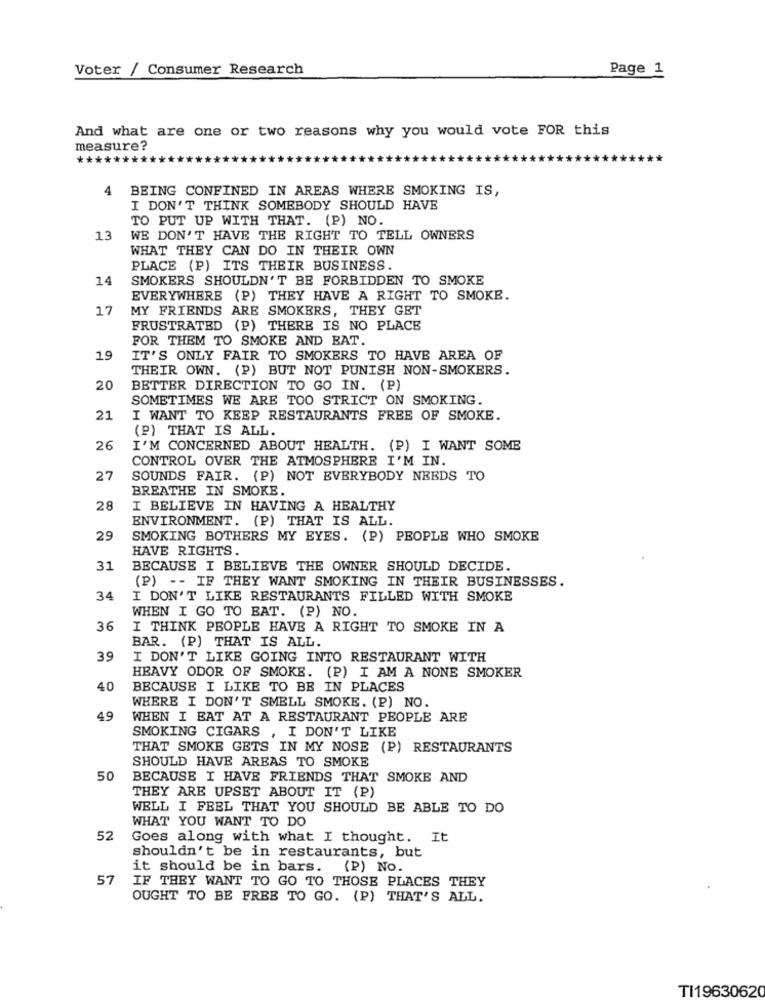
Voter / Consumer Research
Page 1
And what are one or two reasons why you would vote FOR this
measure?
4
BEING CONFINED IN AREAS WHERE SMOKING IS,
I DON'T THINK SOMEBODY SHOULD HAVE
TO PUT UP WITH THAT. (P) NO.
13
WE DON'T HAVE THE RIGHT TO TELL OWNERS
WHAT THEY CAN DO IN THEIR OWN
PLACE (P) ITS THEIR BUSINESS.
14
SMOKERS SHOULDN'T BE FORBIDDEN TO SMOKE
EVERYWHERE (P) THEY HAVE A RIGHT TO SMOKE.
17
MY FRIENDS ARE SMOKERS, THEY GET
FRUSTRATED (P) THERE IS NO PLACE
FOR THEM TO SMOKE AND BAT.
19
IT'S ONLY FAIR TO SMOKERS TO HAVE AREA OF
THEIR OWN. (P) BUT NOT PUNISH NON-SMOKERS.
20
BETTER DIRECTION TO GO IN. (P)
SOMETIMES WE ARE TOO STRICT ON SMOKING.
21
I WANT TO KEEP RESTAURANTS FREE OF SMOKE.
(P) THAT IS ALL.
26
I'M CONCERNED ABOUT HEALTH. (P) I WANT SOME
CONTROL OVER THE ATMOSPHERE I'M IN.
27
SOUNDS FAIR. (P) NOT EVERYBODY NEEDS TO
BREATHE IN SMOKE.
28
I BELIEVE IN HAVING A HEALTHY
ENVIRONMENT. (P) THAT IS ALL.
29
SMOKING BOTHERS MY EYES. (P) PEOPLE WHO SMOKE
HAVE RIGHTS.
31
BECAUSE I BELIEVE THE OWNER SHOULD DECIDE.
(P) -- IF THEY WANT SMOKING IN THEIR BUSINESSES.
34
I DON'T LIKE RESTAURANTS FILLED WITH SMOKE
WHEN I GO TO BAT. (P) NO.
36
I THINK PEOPLE HAVE A RIGHT TO SMOKE IN A
BAR. (P) THAT IS ALL.
39
I DON'T LIKE GOING INTO RESTAURANT WITH
HEAVY ODOR OF SMOKE. (P) I AM A NONE SMOKER
40
BECAUSE I LIKE TO BE IN PLACES
WHERE I DON'T SMELL SMOKE. (P) NO.
49
WHEN I EAT AT A RESTAURANT PEOPLE ARE
SMOKING CIGARS , I DON'T LIKE
THAT SMOKE GETS IN MY NOSE (P) RESTAURANTS
SHOULD HAVE AREAS TO SMOKE
50
BECAUSE I HAVE FRIENDS THAT SMOKE AND
THEY ARE UPSET ABOUT IT (P)
WELL I FEEL THAT YOU SHOULD BE ABLE TO DO
WHAT YOU WANT TO DO
52
Goes along with what I thought. It
shouldn't be in restaurants, but
it should be in bars.
(P) NO.
57
IF THEY WANT TO GO TO THOSE PLACES THEY
OUGHT TO BE FREE TO GO. (P) THAT'S ALL.
TI19630620